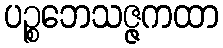
ပဉ္စဘေသဇ္ဇကထာ